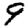
Digit: 9